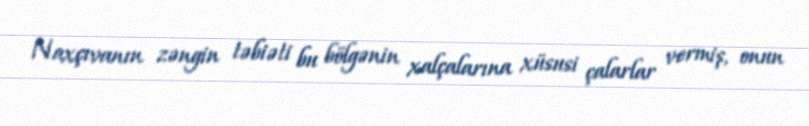
Naxçıvanın zəngin təbiəti bu bölgənin xalçalarına xüsusi çalarlar vermiş, onun